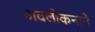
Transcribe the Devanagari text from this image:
अवलोकनाने